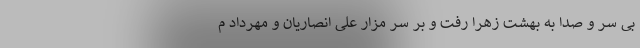
بی سر و صدا به بهشت زهرا رفت و بر سر مزار علی انصاریان و مهرداد م